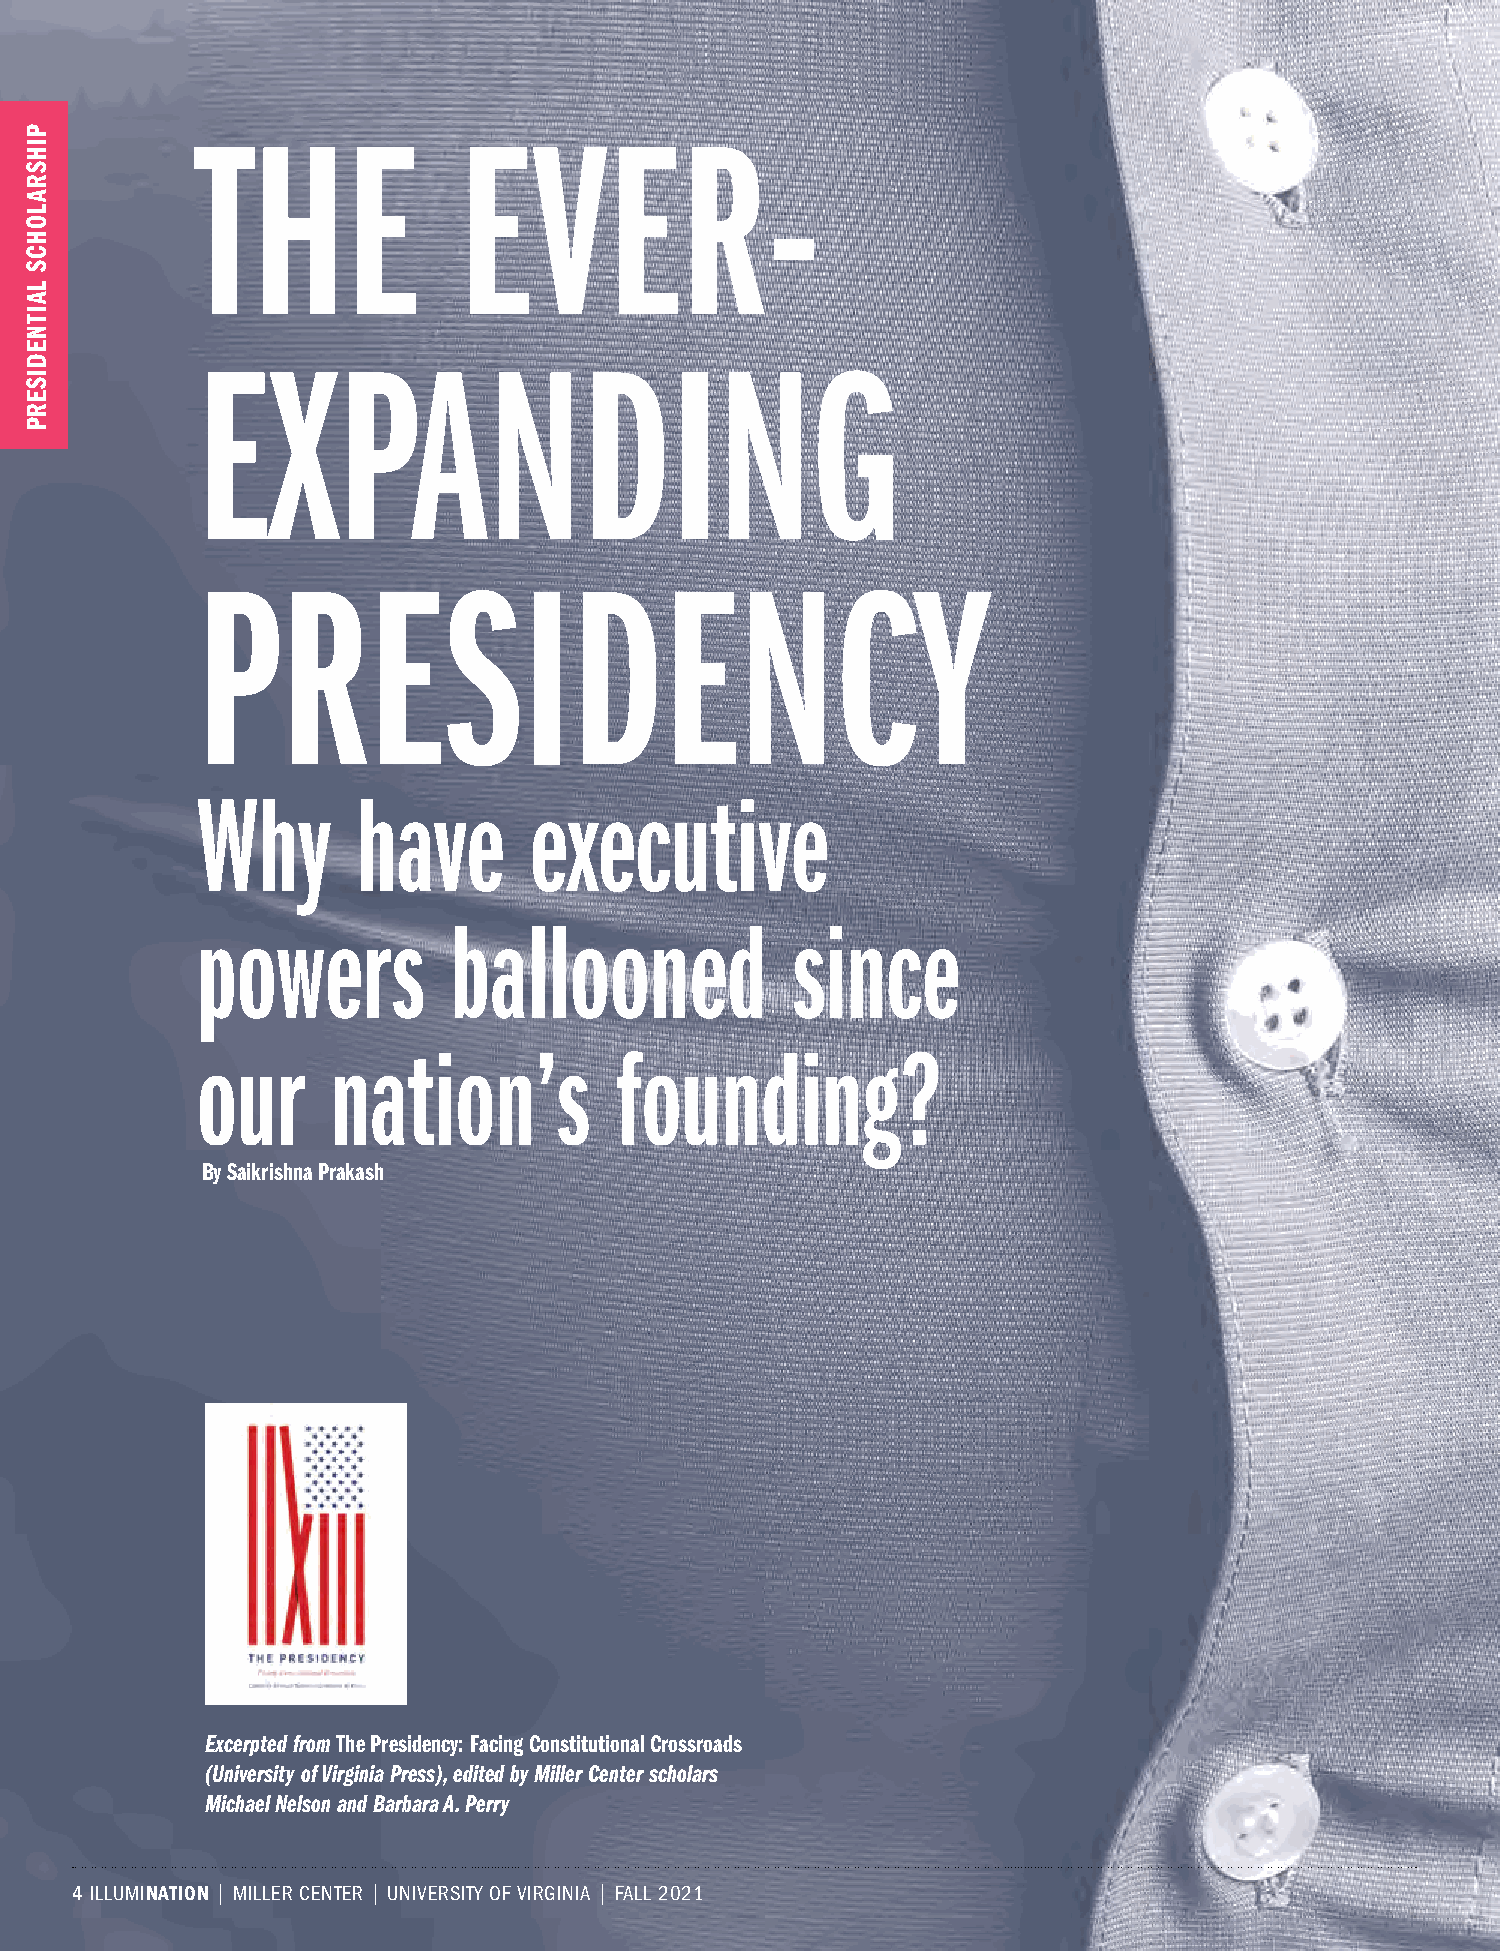
THE              EVER-
 EXPANDING
 PRESIDENCY
 Why        have       executive
 powers           ballooned             since
 our      nation’s           founding?
 By Saikrishna Prakash
 Excerpted from The Presidency: Facing Constitutional Crossroads
 (University of Virginia Press), edited by Miller Center scholars
 Michael Nelson and Barbara A. Perry
 4 ILLUMINATION | MILLER CENTER | UNIVERSITY OF VIRGINIA | FALL 2021
 PIHSRALOHCS
 LAITNEDISERP